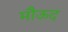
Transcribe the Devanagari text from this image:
मौऊद